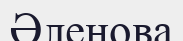
Әленова